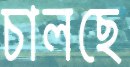
চালছে